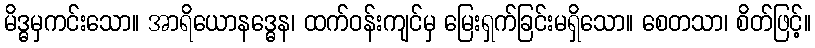
မိဒ္ဓမှကင်းသော။ အာရိယောနဒ္ဓေန၊ ထက်ဝန်းကျင်မှ မြေးရှက်ခြင်းမရှိသော။ စေတသာ၊ စိတ်ဖြင့်။